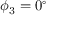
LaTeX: \phi _ { 3 } = 0 ^ { \circ }